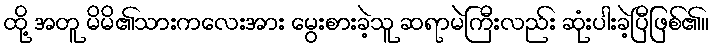
ထို့ အတူ မိမိ၏သားကလေးအား မွေးစားခဲ့သူ ဆရာမဲကြီးလည်း ဆုံးပါးခဲ့ပြီဖြစ်၏။